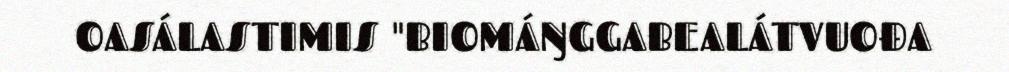
OASÁLASTIMIS "BIOMÁŊGGABEALÁTVUOĐA